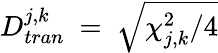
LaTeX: D_{tran}^{j,k}~=~\sqrt{\chi_{j,k}^{2}/4}